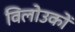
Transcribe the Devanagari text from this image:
विलोउकों